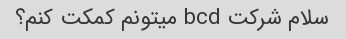
سلام شرکت bcd میتونم کمکت کنم؟